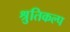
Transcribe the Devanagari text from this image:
श्रुतिकल्प